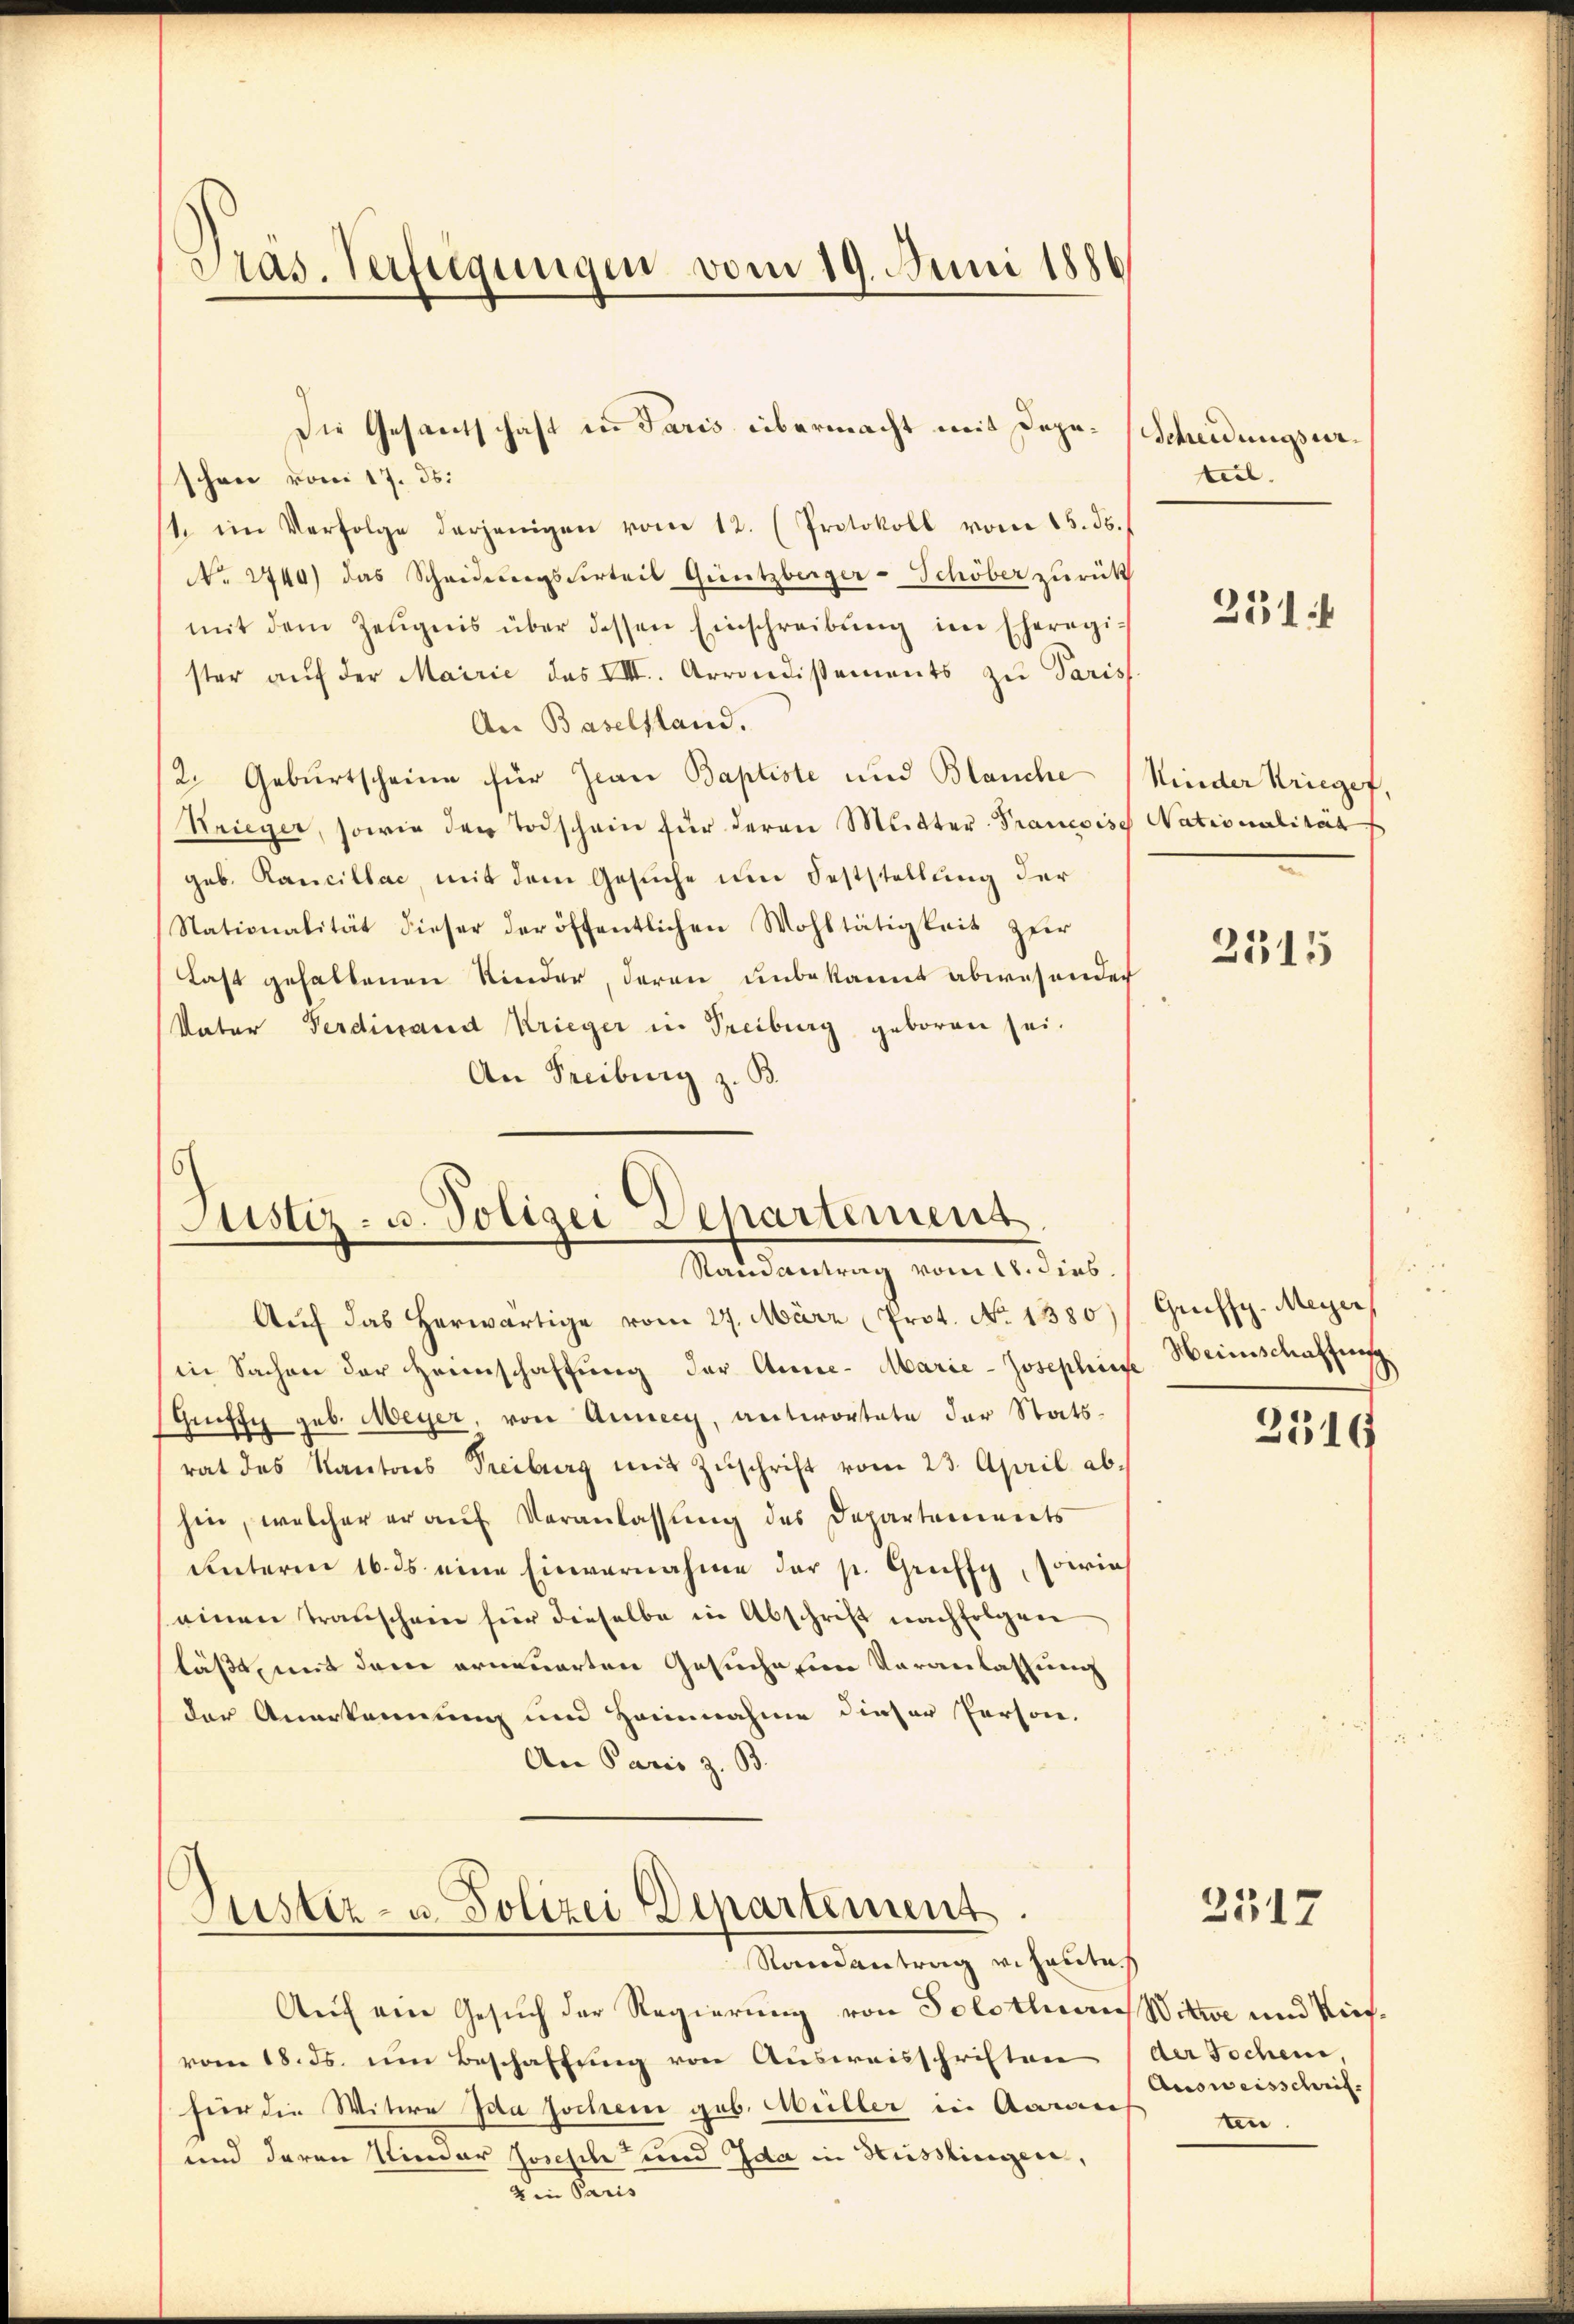
Pras. Verfügungen vom 19. Juni 1886

Die Gesandschaft in Paris übermacht mit Depo- Scheidungsurschon vom 17. ds.
1. im Verfolge derjenigen vom 12. (Protokoll vom 15. ds.
No 2740) das Scheideresserteil Güntzberger-Schöber zurück
mit dem Zeŭgnis über dessen Einschreibŭng im Eheregister aŭf der Mairie das VIII. Arrondissements zu Paris
An Baselstand.
2. Geburtscheine für Jean Baptiste und Blanche
Krieger, sowie der Todschein für deren Mutter-Francoise Nationalität
geb. Rancillac, mit dem Gesuche um Feststellung der
Stationalität dieser der öffentlichen Wohltätigkeit zur
Last gehaltenen Kinder, deren unbekannt abwesender
Vater Ferdinand Krieger in Freiburg geboren sei.
An Freiburg z. B.

Justiz- u. Polizei Departement
Samantrag vom 18. dies

Justiz- u. Polizei Departement
Randantrag v. heute.

Auf ein Gesuch der Regierung von Solothurn Witwe und Riesvom 18. ds. im Beschaftung von Ausweisschriften
für die Witwe Ida sochen geb. Müller in Aaraus
und daran Kinder Joseph und Ida in Hüsslingen,
von den

Aŭf das herwärtige vom 27. März (Prot. No 1380)
in Sachen der Heimschaffŭng der Anne- Marie-Josephine Heimschaffung.
Griffe geb. Meyer, von Annecz, antwortete der Statsrat des Kantons Treiburg mit Zŭschrift vom 23. April abhin, welcher er auf Veranlassung des Departements
unterm 16. ds. eine Einvernahme der p. Gruffy, sowies
einen Transchein für dieselbe in Abschrift nachfolgen
läßt, mit dem erneuerten Gesuche in Veranlassung
der Anerkennung und Heinnahme dieser Person,
An Paris z. B.

teil.

251 f

Kinder Krieger.

2315

e
Grueffy. Meyer

2517

2519

der Tochene
Ausweisschriften.